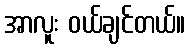
အာလူး ဝယ်ချင်တယ်။